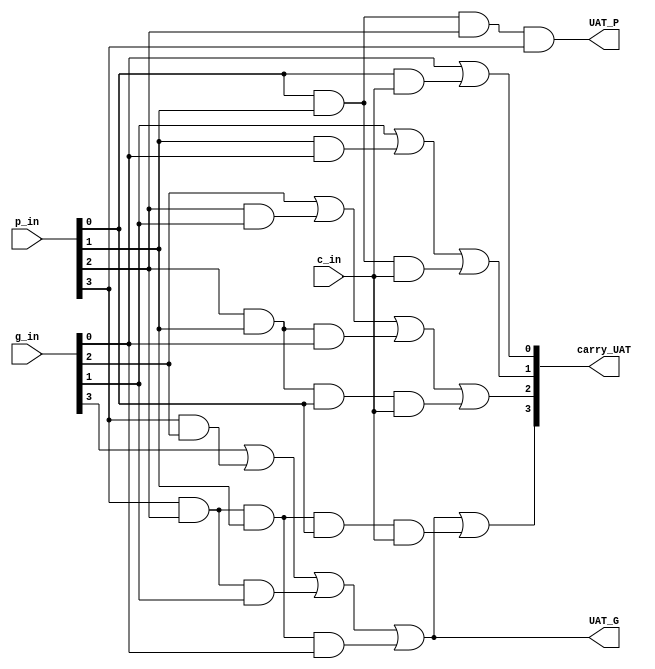
module uat(
        input c_in,
        input [3:0] g_in,
        input [3:0] p_in,
        output reg UAT_G,
        output reg UAT_P,
        output reg [3:0] carry_UAT
    );
    
always @ (c_in, g_in, p_in)
    begin
        UAT_P = p_in[0] & p_in[1] & p_in[2] & p_in[3];
        UAT_G = g_in[3] | (p_in[3] & g_in[2]) | (p_in[3] & p_in[2] & g_in[1]) | (p_in[3] & p_in[2] & p_in[1] & g_in[0]);
        carry_UAT[0]=g_in[0] | (p_in[0] & c_in);
        carry_UAT[1]=g_in[1] | (p_in[1] & g_in[0]) | (p_in[1] & p_in[0] & c_in);
        carry_UAT[2]=g_in[2] | (p_in[2] & g_in[1]) | (p_in[2] & p_in[1] & g_in[0]) | (p_in[2] & p_in[1] & p_in[0] & c_in);
        carry_UAT[3]=g_in[3] | (p_in[3] & g_in[2]) | (p_in[3] & p_in[2] & g_in[1]) | (p_in[3] & p_in[2] & p_in[1] & g_in[0]) | (p_in[3] & p_in[2] & p_in[1] & p_in[0] & c_in);
    end
    
endmodule